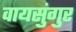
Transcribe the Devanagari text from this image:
वायसुंगुर